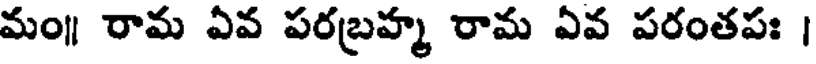
మం॥ రామ ఏవ పరబ్రహ్మ రామ ఏవ పరంతపః ।